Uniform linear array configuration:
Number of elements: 8
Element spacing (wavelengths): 0.75
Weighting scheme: hann
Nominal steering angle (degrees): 45
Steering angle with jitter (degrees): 44.982
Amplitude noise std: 0.05
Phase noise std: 0.05

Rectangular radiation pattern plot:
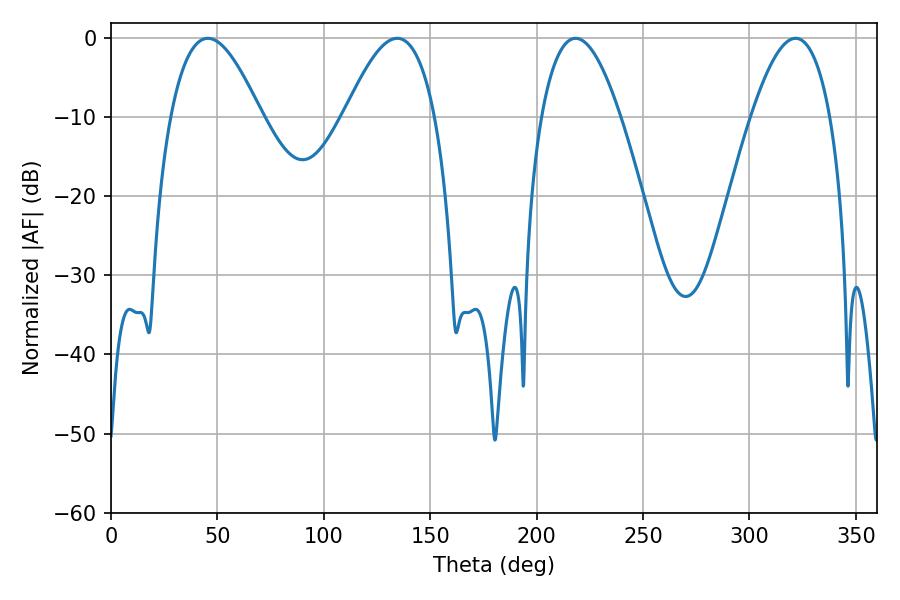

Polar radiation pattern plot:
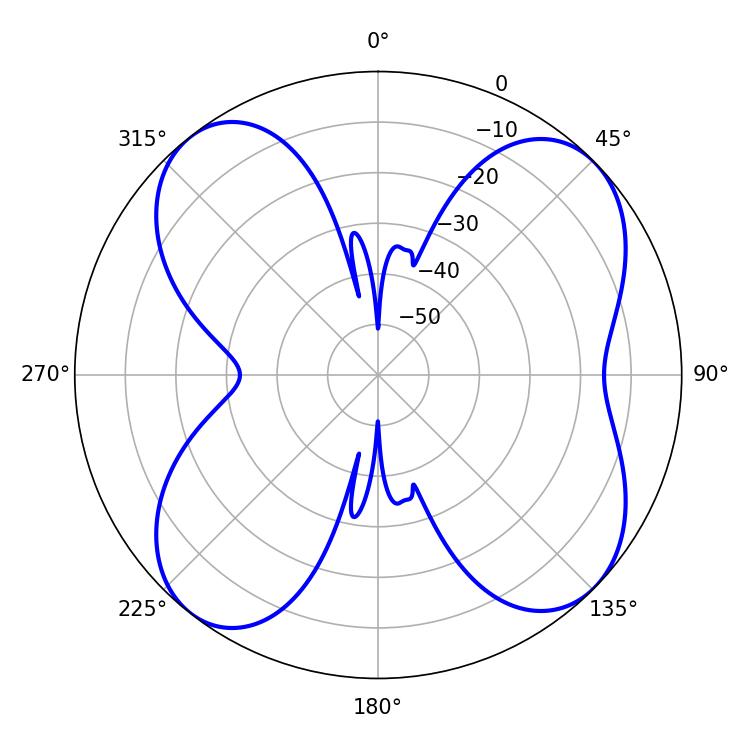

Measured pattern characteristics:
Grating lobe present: TRUE
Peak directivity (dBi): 10.68
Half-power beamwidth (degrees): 23.22
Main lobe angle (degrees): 45.54